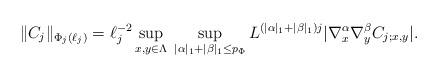
LaTeX: \begin{align*} \|C_j\|_{\Phi_{j}(\ell_j)} = \ell_j^{-2} \sup_{x,y\in \Lambda} \; \sup_{|\alpha|_1 + |\beta|_1 \le p_\Phi} L^{(|\alpha|_1+ |\beta|_1)j} |\nabla_x^{\alpha} \nabla_y^{\beta} C_{j;x,y}|.\end{align*}